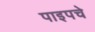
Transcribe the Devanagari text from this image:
पाइपचे